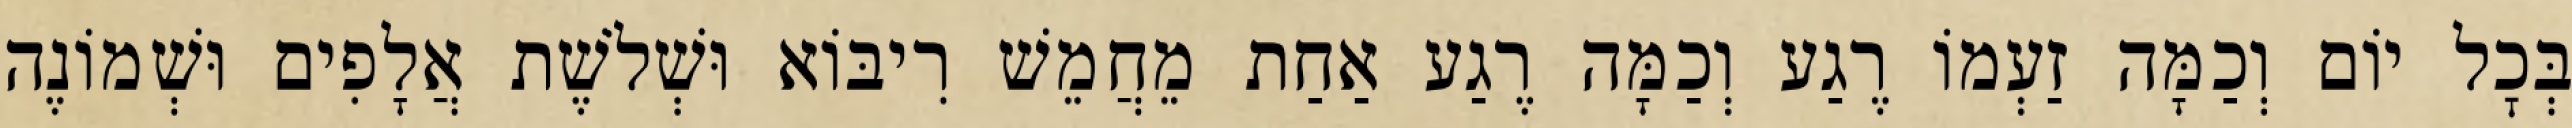
בְּכׇל יוֹם וְכַמָּה זַעְמוֹ רֶגַע וְכַמָּה רֶגַע אַחַת מֵחֲמֵשׁ רִיבּוֹא וּשְׁלֹשֶׁת אֲלָפִים וּשְׁמוֹנֶה